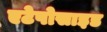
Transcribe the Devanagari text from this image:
एटेपोसाइड